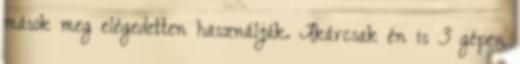
mások meg elégedetten használják. Akárcsak én is 3 gépen